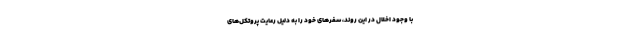
با وجود اخلال در این روند، سفرهای خود را به دلیل رعایت پروتکل‌های